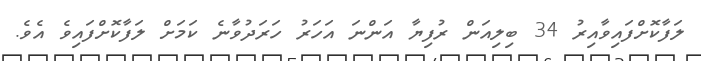
ލަފާކޮށްފައިވާއިރު 34 ބިލިއަން ރުފިޔާ އަންނަ އަހަރު ހަރަދުވާނެ ކަމަށް ލަފާކޮށްފައިވެ އެވެ.